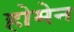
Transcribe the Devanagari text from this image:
होमेन